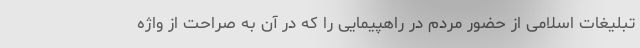
تبلیغات اسلامی از حضور مردم در راهپیمایی را که در آن به صراحت از واژه